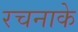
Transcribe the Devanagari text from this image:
रचनाके